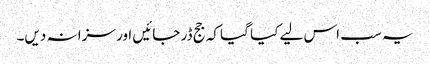
یہ سب اس لیے کیا گیا کہ جج ڈر جائیں اور سزا نہ دیں۔